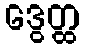
ဒွေတ္ထ